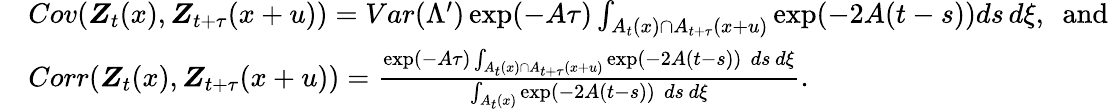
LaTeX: \begin{array}{rl}&{Cov(\boldsymbol{Z}_{t}(x),\boldsymbol{Z}_{t+\tau}(x+u))=Var(\Lambda^{\prime})\exp(-A\tau)\int_{A_{t}(x)\cap A_{t+\tau}(x+u)}\exp(-2A(t-s))ds\, d\xi,\, \, \, \textrm{and}}\\ &{Corr(\boldsymbol{Z}_{t}(x),\boldsymbol{Z}_{t+\tau}(x+u))=\frac{\exp(-A\tau)\int_{A_{t}(x)\cap A_{t+\tau}(x+u)}\exp(-2A(t-s))\, \, ds\, d\xi}{\int_{A_{t}(x)}\exp(-2A(t-s))\, \, ds\, d\xi}.}\end{array}